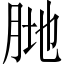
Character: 𱼆